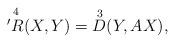
LaTeX: \begin{align*}\overset{4}{'R} (X,Y) = \overset{3}{D} (Y,AX),\end{align*}